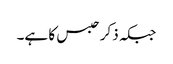
جبکہ ذکر حبس کا ہے۔